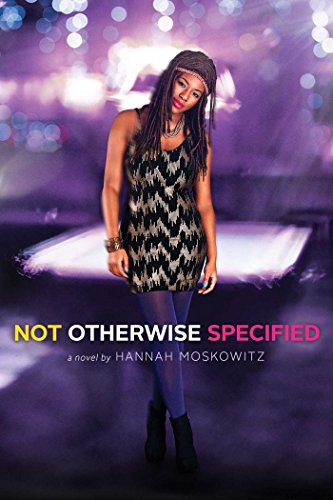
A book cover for Not Otherwise Specified; Hannah Moskowitz; Teen & Young Adult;